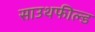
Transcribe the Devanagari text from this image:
साउथफील्ड